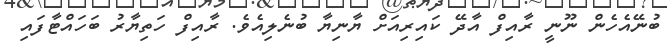
ބުނޭއެހެން ނޫނީ ރާއިފް އާދޭ ކައިރިއަށް ޔާނިޔާ ބުނެލިއެވެ. ރާއިފް ހަތިޔާރު ބަހައްޓާފައި